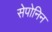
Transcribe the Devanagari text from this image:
सेपोनिन